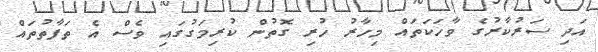
އަދި ސަރުކާރުގެ ވާހަކަތައް މިހާރު ހުރި ގޮތުން ކުރިމަގުގައި ވެސް އެ ތަފާތުތައް